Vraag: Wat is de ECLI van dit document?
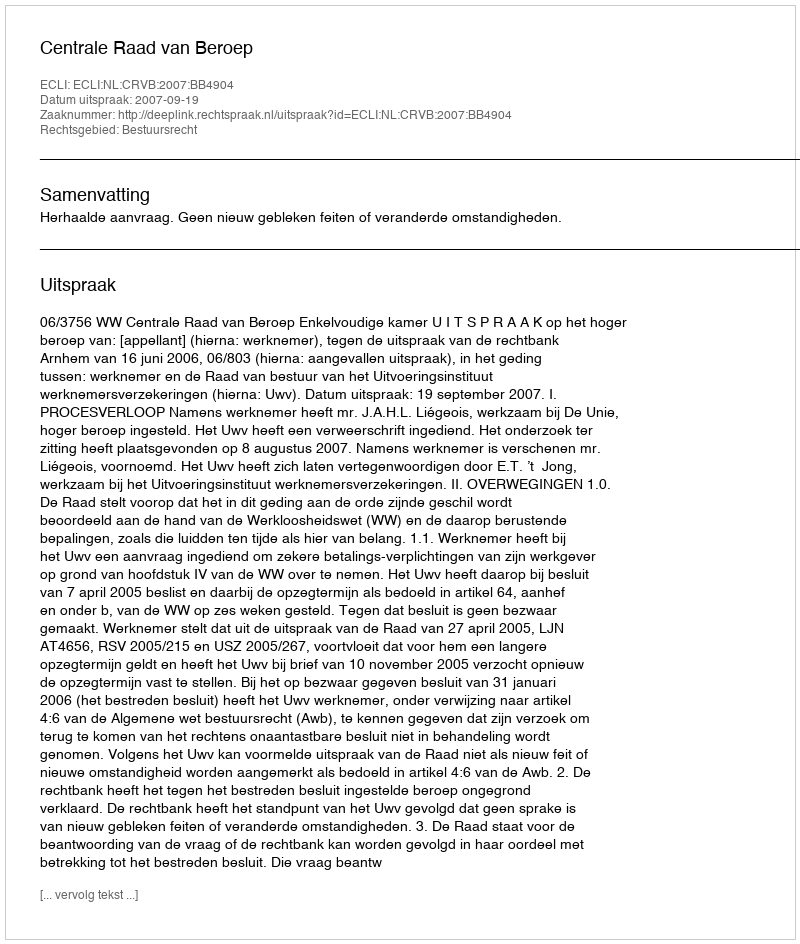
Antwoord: ECLI:NL:CRVB:2007:BB4904